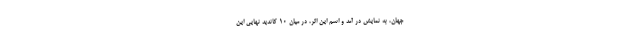
جهان، به نمایش در آمد و اسم این اثر، در میان 10 کاندید نهایی این